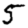
Digit: 5